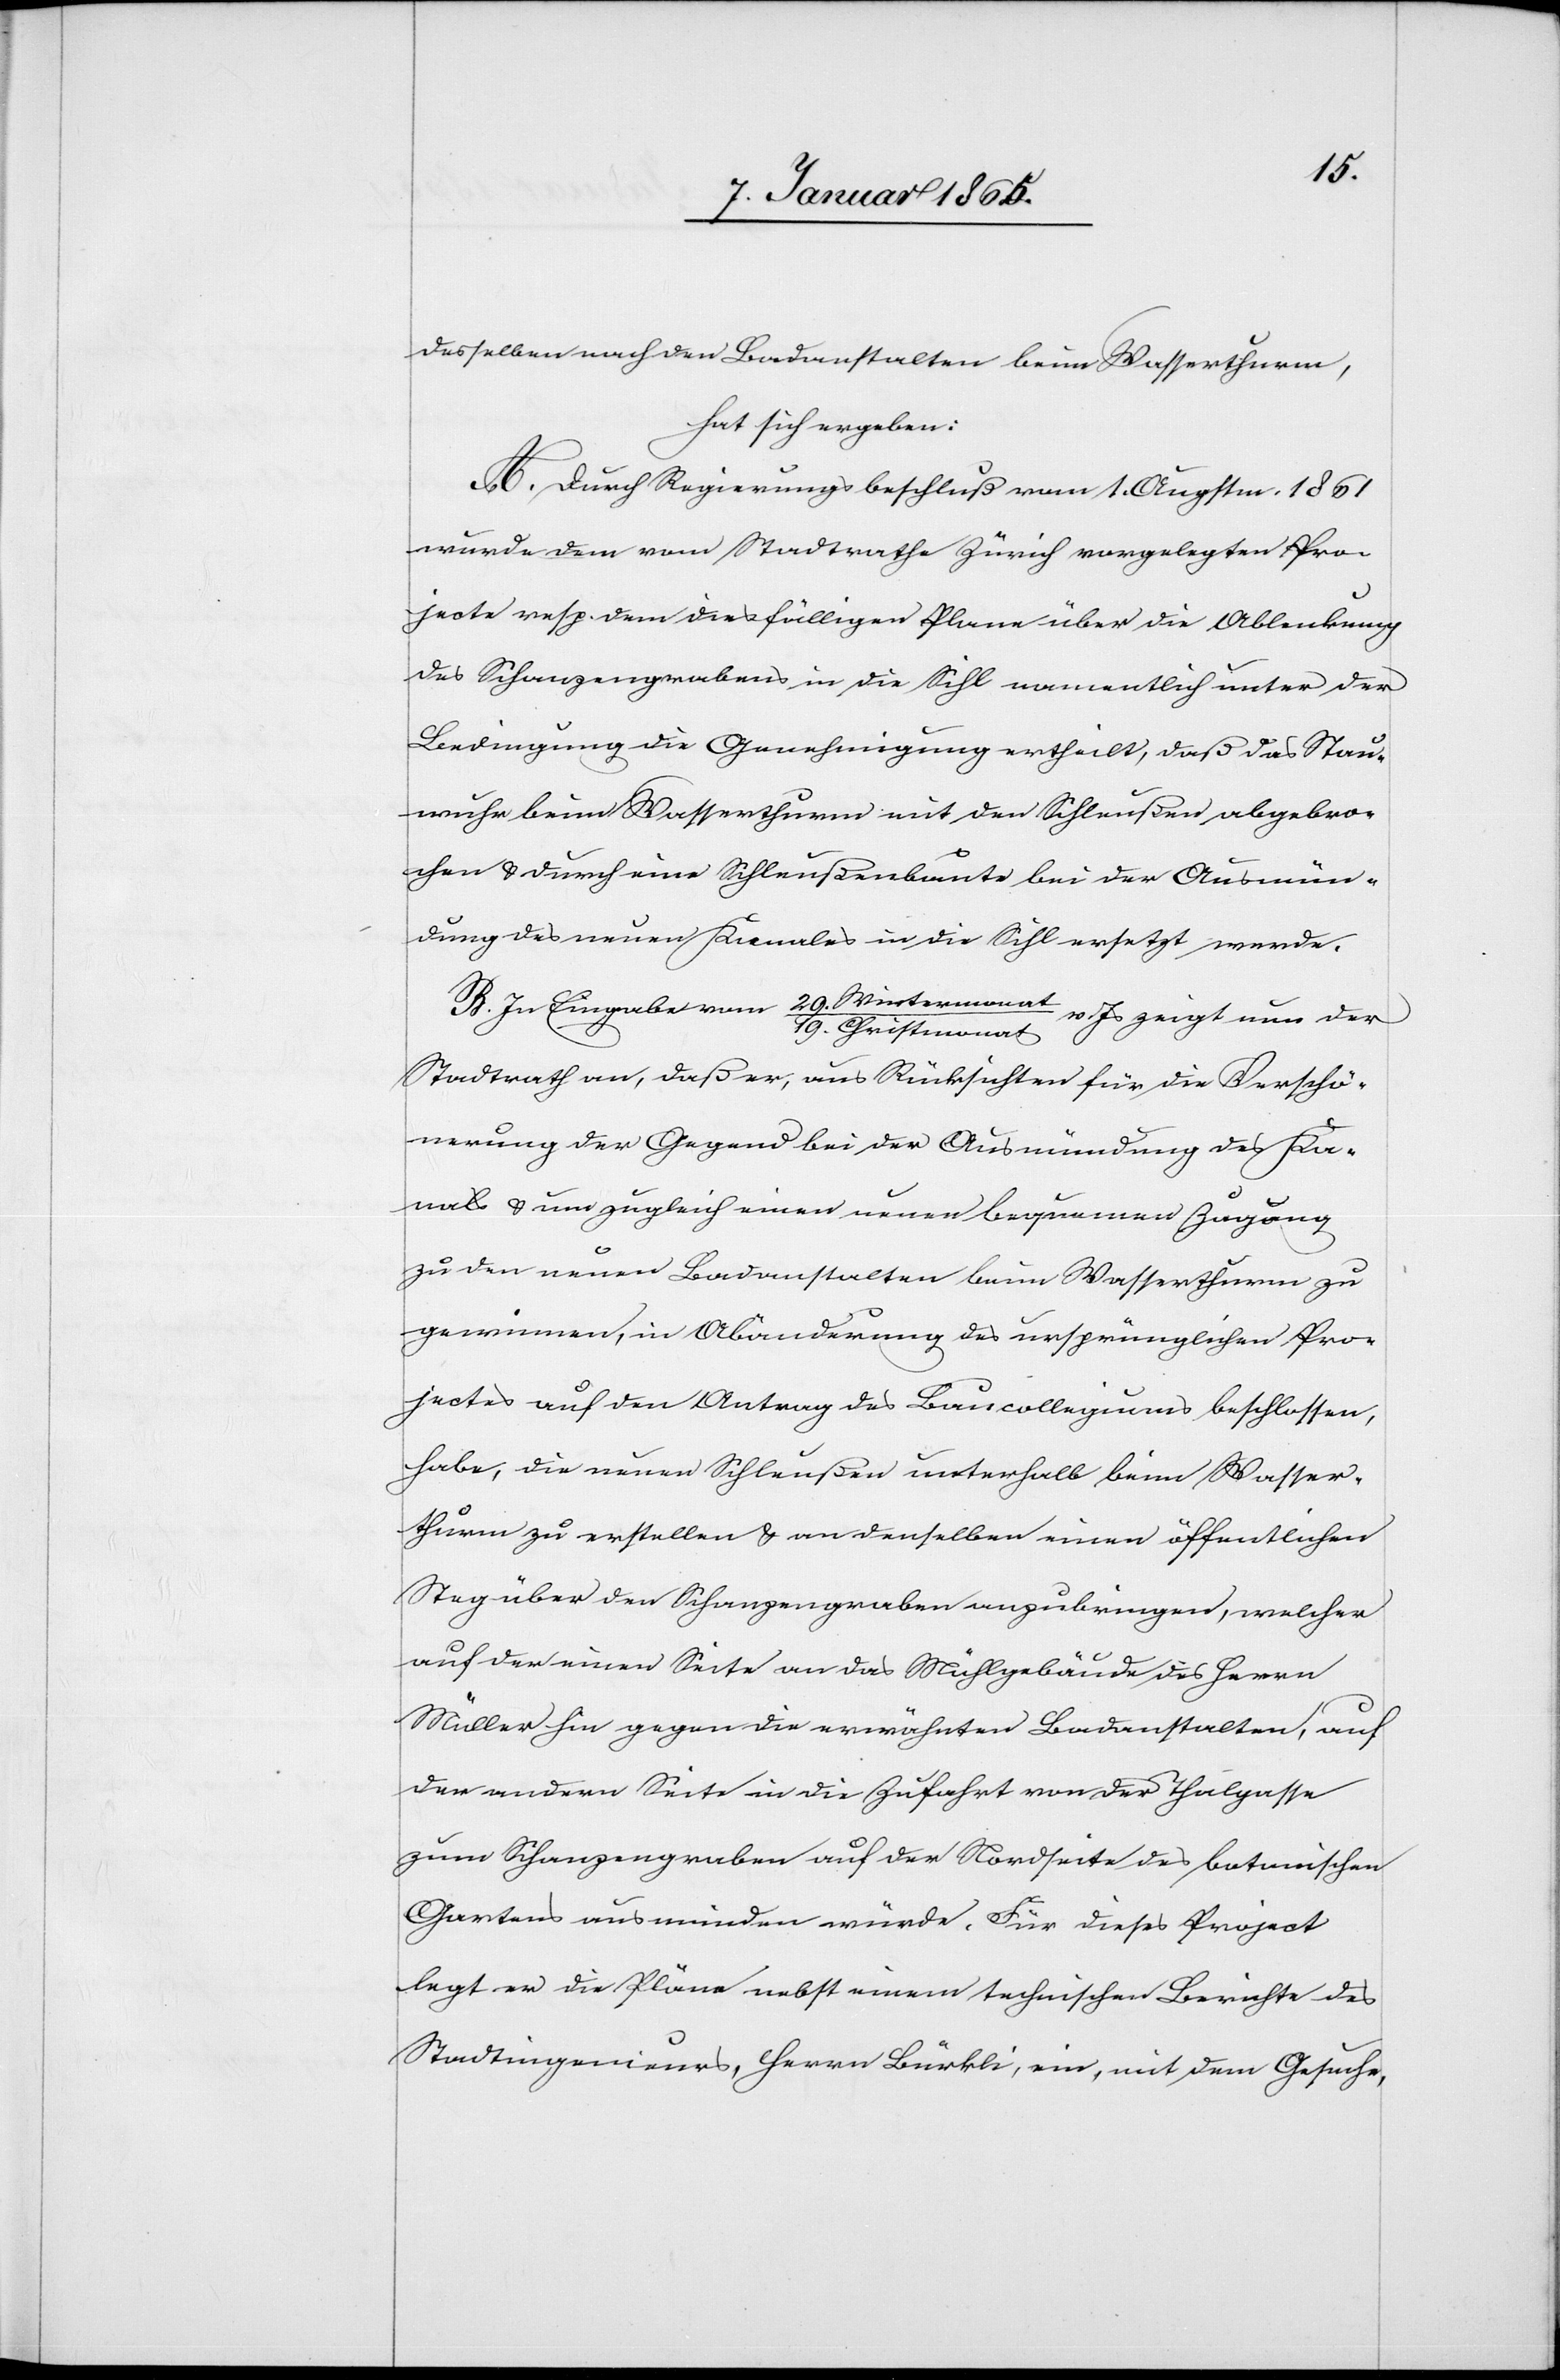
desselben nach den Badanstalten beim Wasserthurm,
hat sich ergeben:
A. Durch Regierungsbeschluß vom 1. Augstm. 1861
wurde dem vom Stadtrathe Zürich vorgelegten Pro¬
jecte resp. dem diesfälligen Plane über die Ablenkung
des Schanzengrabens in die Sihl namentlich unter der
Bedingung die Genehmigung ertheilt, daß das Stau¬
wuhr beim Wasserthurm mit den Schleußen abgebro¬
chen u. durch eine Schleußenbaute bei der Ausmün¬
dung des neuen Kanales in die Sihl ersetzt werde.
B. In Eingabe vom 29. Wintermona¬
v. Js zeigt nun der
t/19. Christmonat
Stadtrath an, daß er, aus Rücksichten für die Verschö¬
nerung der Gegend bei der Ausmündung des Ka¬
nals u. um zugleich einen neuen bequemen Zugang
zu den neuen Badanstalten beim Wasserthurm zu
gewinnen, in Abänderung des ursprünglichen Pro¬
jectes auf den Antrag des Baucollegiums beschlossen,
habe, die neuen Schleußen unterhalb beim Wasser¬
thurm zu erstellen u. an denselben einen öffentlichen
Steg über den Schanzengraben anzubringen, welcher
auf der einen Seite an das Mühlgebäude des Herrn
Müller hin gegen die erwähnten Badanstalten, auf
der andern Seite in die Zufahrt von der Thalgasse
zum Schanzengraben auf der Nordseite des botanischen
Gartens ausmünden würde. Für diese Project
legt er die Pläne nebst einem technischen Berichte des
Stadtingenieurs, Herrn Bürkli, ein, mit dem Gesuche,